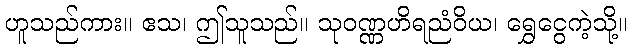
ဟူသည်ကား။ ဧသ၊ ဤသူသည်။ သုဝဏ္ဏဟိရညံဝိယ၊ ရွှေငွေကဲ့သို့။